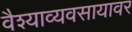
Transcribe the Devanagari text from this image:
वैश्याव्यवसायावर